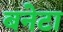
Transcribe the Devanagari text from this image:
बनेटा